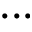
. . .